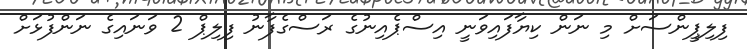
ފިލިޕީންސަށް މި ނަން ކިޔާފައިވަނީ އިސްޕެއިނުގެ ރަސްގެފާނު ފިލިޕް 2 ވަނައިގެ ނަންފުޅަށް